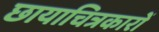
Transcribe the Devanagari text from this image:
छायाचित्रकारों